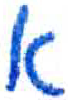
אות: א